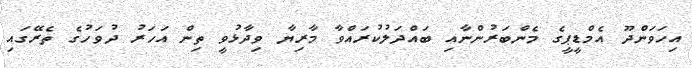
އިހަވަންދޫ އެމްޑީޕީގެ މެންބަރުންނާއި ބައްދަލުކުރައްވާ މާރިޔާ ވިދާޅުވީ ތިން އަހަރު ދުވަހުގެ ތެރޭގައި